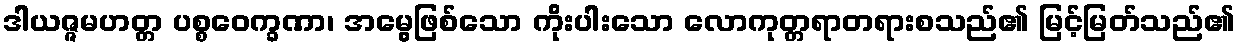
ဒါယဇ္ဇမဟတ္တ ပစ္စဝေက္ခဏာ၊ အမွေဖြစ်သော ကိုးပါးသော လောကုတ္တရာတရားစသည်၏ မြင့်မြတ်သည်၏